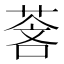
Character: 𬝓